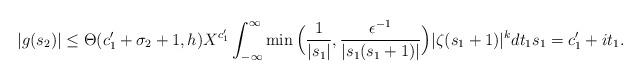
LaTeX: \begin{align*} |g(s_2)| \le \Theta(c_1'+\sigma_2+1,h) X^{c_1'} \int_{-\infty}^{\infty} \min\Big( \frac{1}{|s_1|}, \frac{\epsilon^{-1}}{|s_1(s_1+1)|} \Big) |\zeta(s_1+1)|^{k} dt_1 s_1=c_1'+it_1. \end{align*}